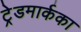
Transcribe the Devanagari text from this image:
ट्रेडमार्कका